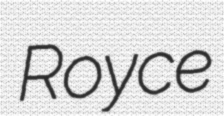
Royce